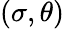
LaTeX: (\sigma,\theta)